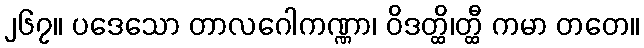
၂၆၇။ ပဒေသော တာလဂေါကဏ္ဏာ၊ ဝိဒတ္ထိ၊တ္ထီ ကမာ တတေ။